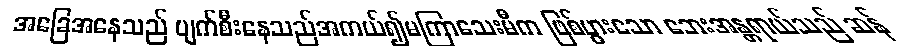
အခြေအနေသည် ပျက်စီးနေသည်အကယ်၍မကြာသေးမီက ဖြစ်ပွားသော ဘေးအန္တရာယ်သည် ဆန်